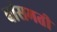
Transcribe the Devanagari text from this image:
बांसमती